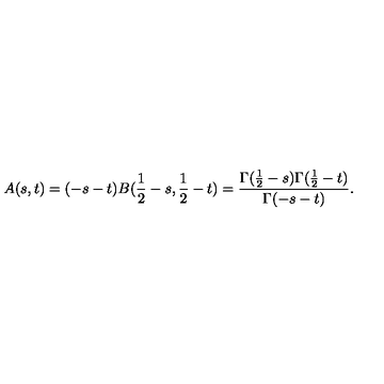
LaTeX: A ( s , t ) = ( - s - t ) B ( \frac { 1 } { 2 } - s , \frac { 1 } { 2 } - t ) = \frac { \Gamma ( \frac { 1 } { 2 } - s ) \Gamma ( \frac { 1 } { 2 } - t ) } { \Gamma ( - s - t ) } .